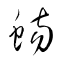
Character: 蝪